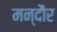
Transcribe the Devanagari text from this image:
मन्दौर